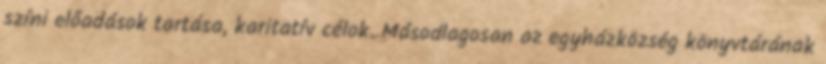
színi előadások tartása, karitatív célok. Másodlagosan az egyházközség könyvtárának